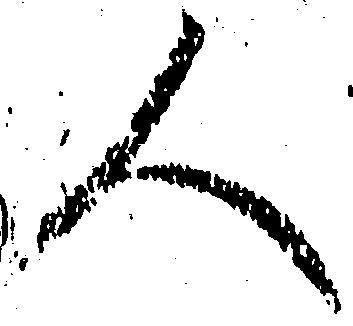
人